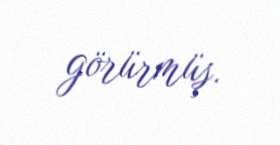
görürmüş.